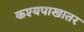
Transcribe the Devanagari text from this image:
कश्यपाखातर